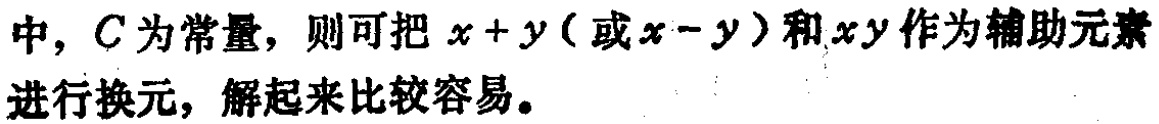
中，$C$为常量，则可把$x + y$（或$x - y$）和$xy$作为辅助元素进行换元，解起来比较容易。